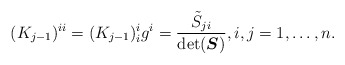
\begin{gather*}(K_{j-1})^{ii}=(K_{j-1})^i_i g^{i}=\frac{ \tilde{S}_{j i}}{\det (\boldsymbol{S})}, i, j=1,\ldots,n .\end{gather*}